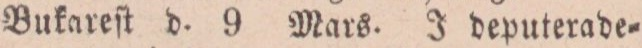
Bukareſt d. 9 Mars. J deputerade=